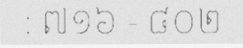
: ៧១៦ - ៨០២